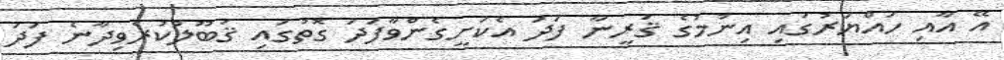
އޭ އާއި ހައްޔަރުގައި އިނުމުގެ ޤަރީނާ ފަދަ އެކަށީގެންވާފަދަ ގޮތުގައި ޤަބޫލުކުރެވިދާނެ ފަދަ